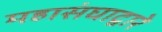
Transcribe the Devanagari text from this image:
महासंघाद्वारे